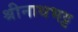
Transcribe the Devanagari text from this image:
श्रीनाथभट्ट